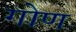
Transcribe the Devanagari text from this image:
गोण